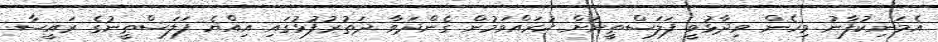
އެމަނިކުފާނު މިހެން ވިދާޅުވީ ފަލަސްޠީނަށް ކުރައްވަމުން ގެންދަވާ ދަތުރުފުޅުގައި އިއްޔެ ފަލަސްޠީނުގެ ރައީސާ